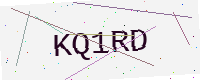
Text: KQ1RD